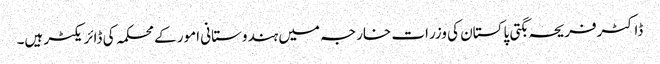
ڈاکٹرفریحہ بگتی پاکستان کی وزرات خارجہ میں ہندوستانی امور کے محکمہ کی ڈائریکٹر ہیں۔